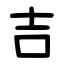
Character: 吉